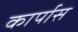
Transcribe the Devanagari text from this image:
कार्पास